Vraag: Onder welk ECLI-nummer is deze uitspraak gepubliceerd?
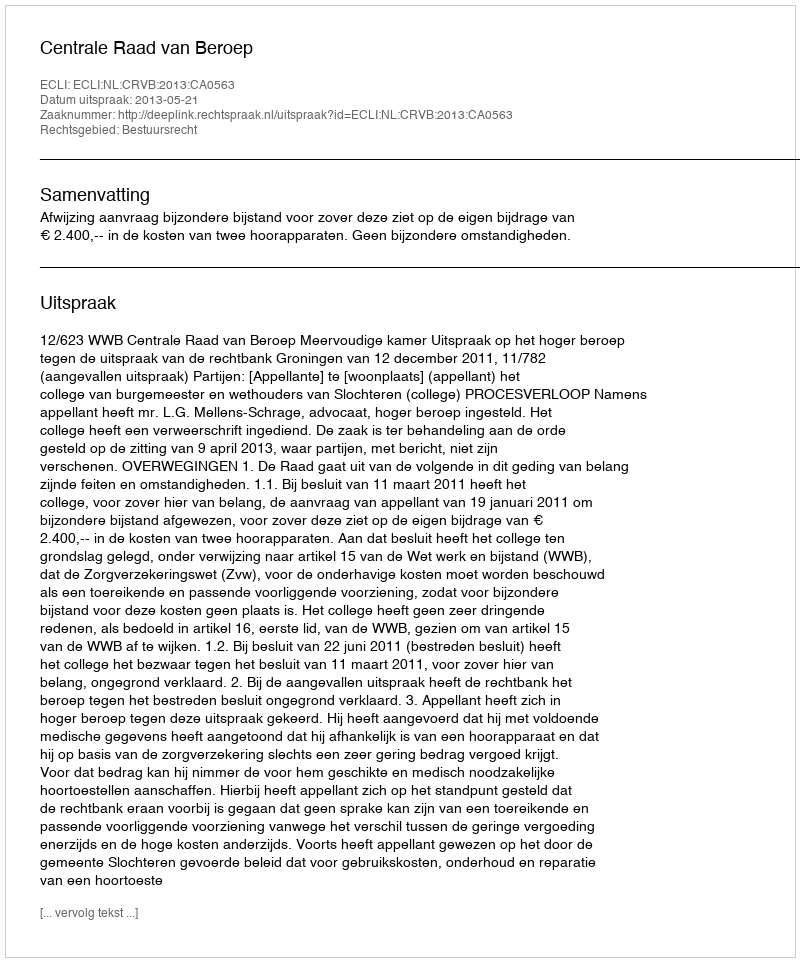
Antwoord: ECLI:NL:CRVB:2013:CA0563